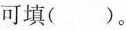
可填()。